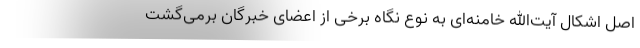
اصل اشکال آیت‌الله خامنه‌ای به نوع نگاه برخی از اعضای خبرگان برمی‌گشت